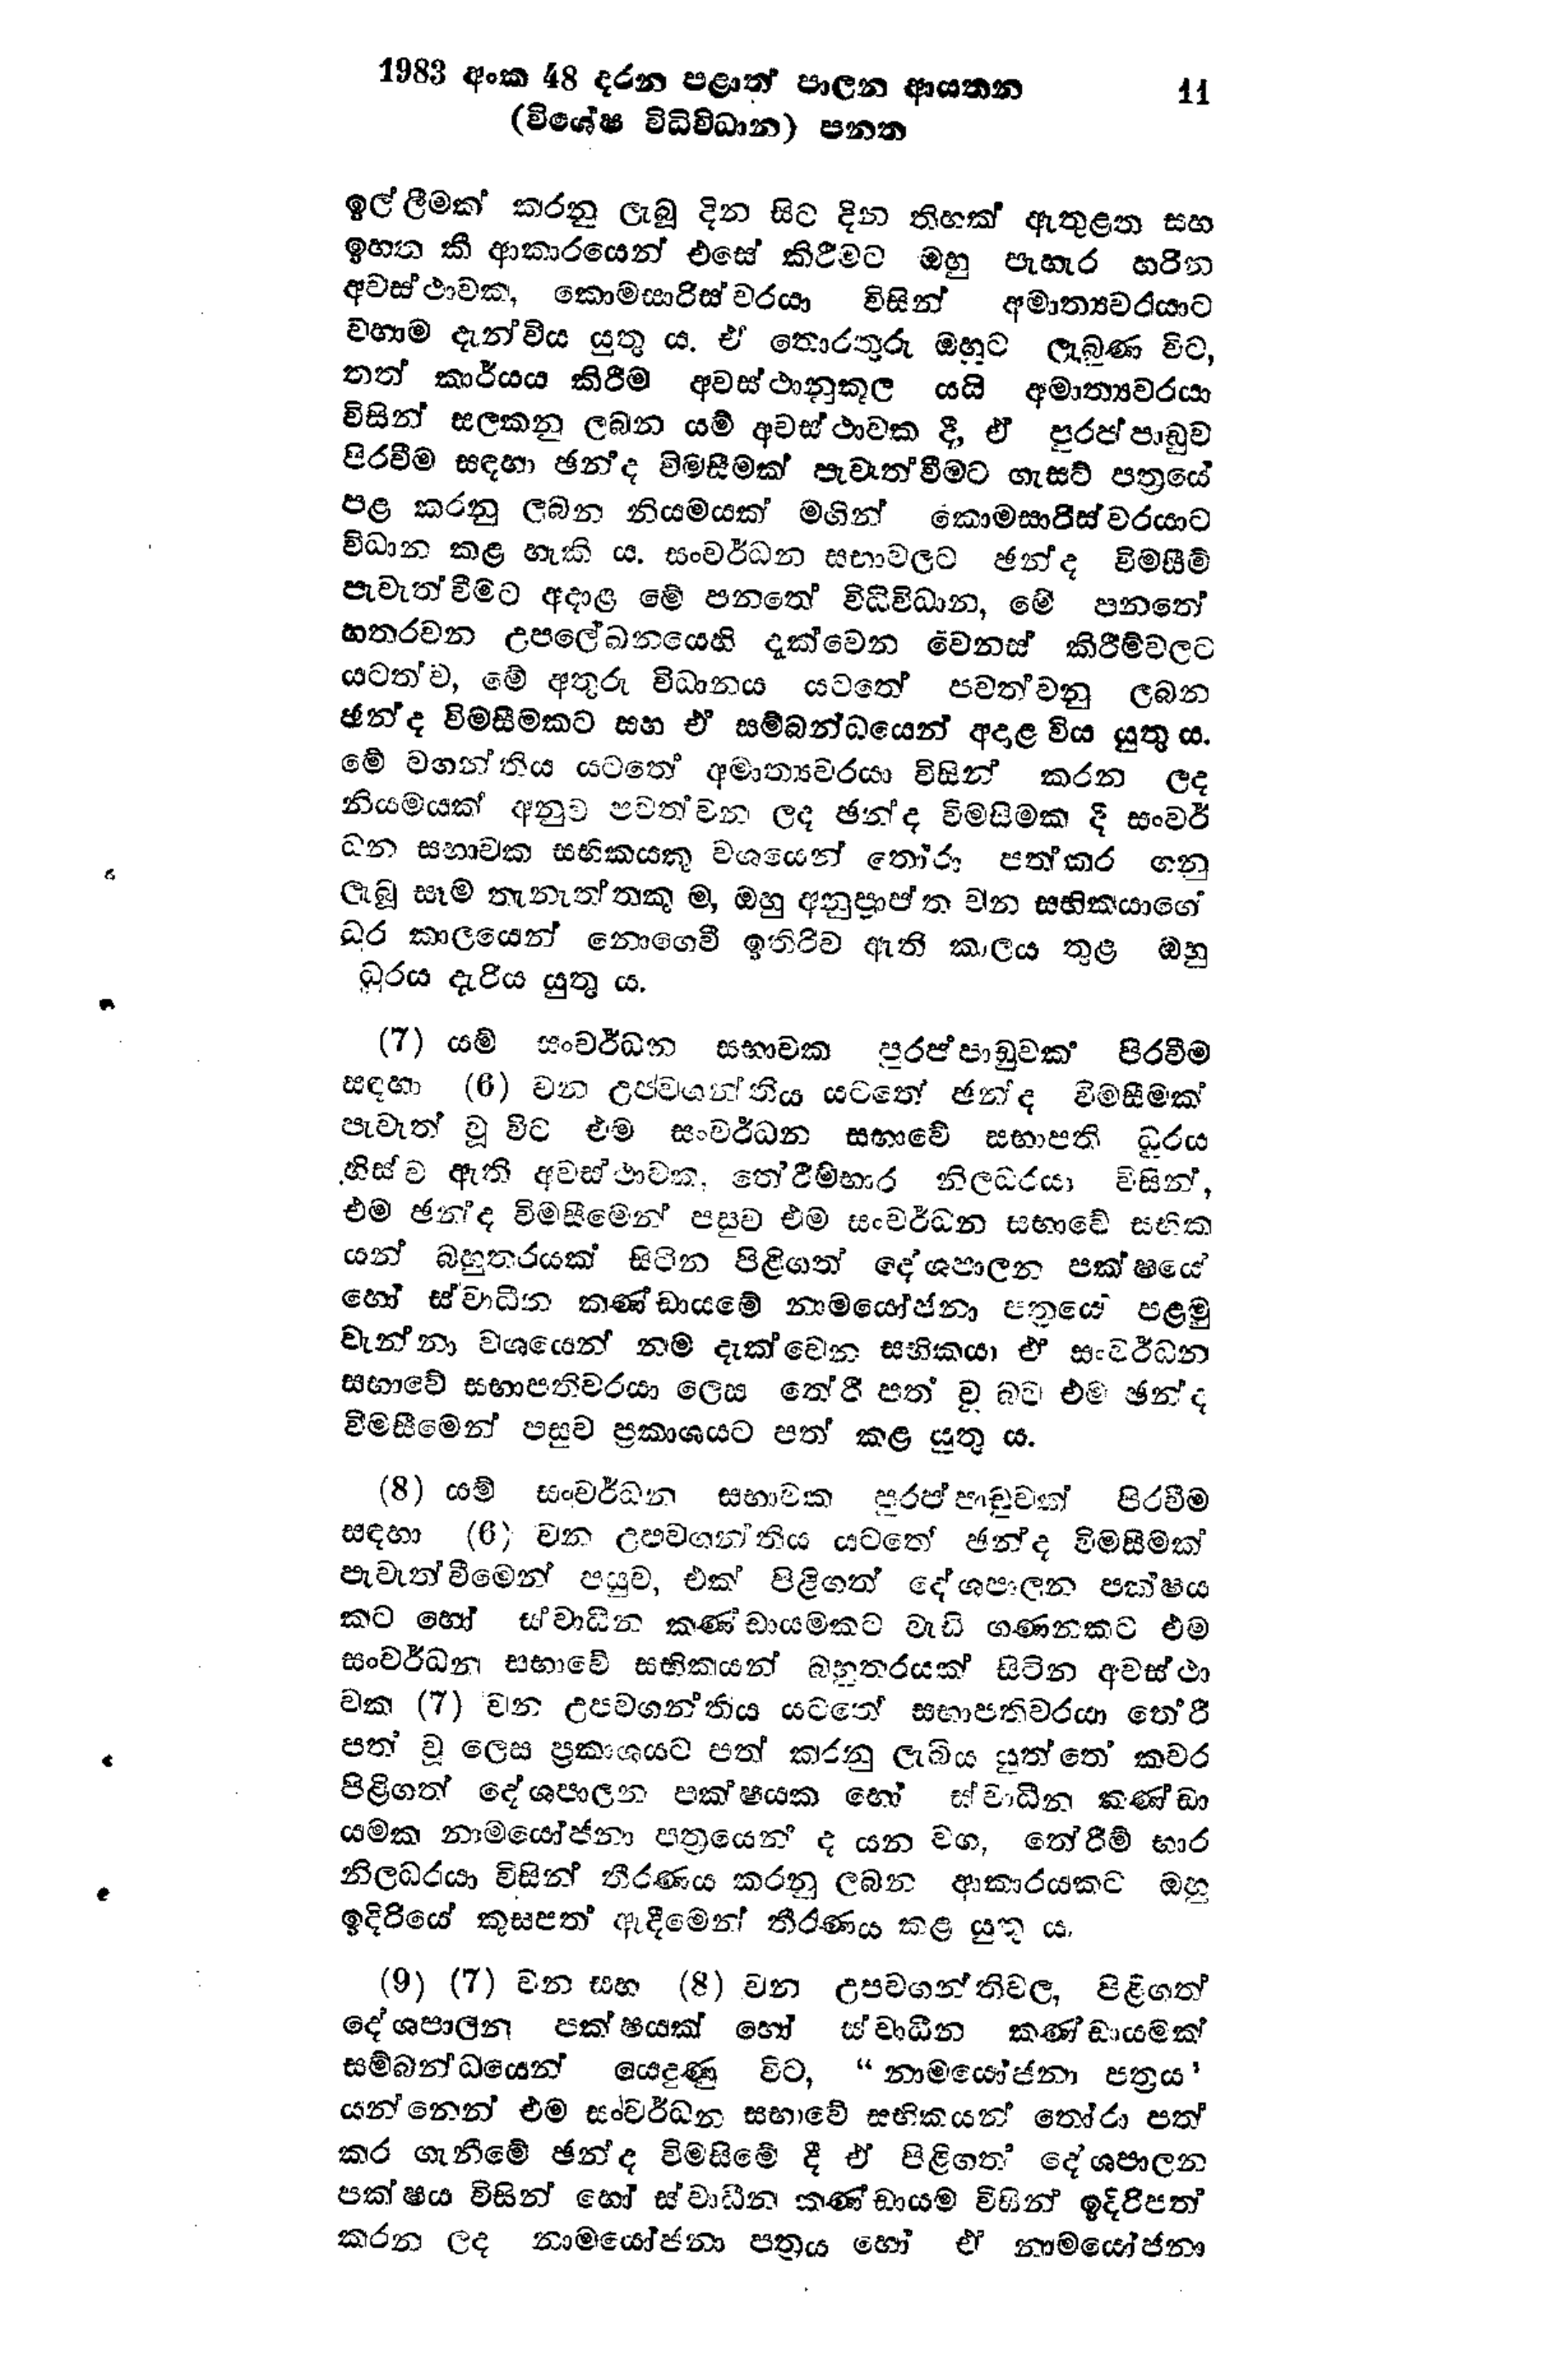
1983 අංක 48 දරන පළාත් පාලන ආයතන     11
(විශේෂ විධිවිධාන) පනත

ඉල්ලීමක් කරනු ලැබූ දින සිට දින තිහක් ඇතුළත සහ
ඉහත කී ආකාරයෙන් එසේ කිරීමට ඔහු පැහැර හරින
අවස්ථාවක, කොමසාරිස්වරයා විසින් අමාත්‍යවරයාට
වහාම දැන්විය යුතු ය. ඒ තොරතුරු ඔහුට ලැබුණ විට,
තත් කාර්යය කිරීම අවස්ථානුකූල යයි අමාත්‍යවරයා
විසින් සලකනු ලබන යම් අවස්ථාවක දී, ඒ පුරප්පාඩුව
පිරවීම සඳහා ඡන්ද විමසීමක් පැවැත්වීමට ගැසට් පත්‍රයේ
පළ කරනු ලබන නියමයක් මගින් කොමසාරිස්වරයාට
විධාන කළ හැකි ය. සංවර්ධන සභාවලට ඡන්ද විමසීම්
පැවැත්වීමට අදාළ මේ පනතේ විධිවිධාන, මේ පනතේ
හතරවන උපලේඛනයෙහි දැක්වෙන වෙනස් කිරීම්වලට
යටත්ව, මේ අතුරු විධානය යටතේ පවත්වනු ලබන
ඡන්ද විමසීමකට සහ ඒ සම්බන්ධයෙන් අදාළ විය යුතුය.
මේ වගන්තිය යටතේ අමාත්‍යවරයා විසින් කරන ලද
නියමයක් අනුව පවත්වන ලද ඡන්ද විමසීමක දී සංවර්
ධන සභාවක සභිකයකු වශයෙන් තෝරා පත්කර ගනු
ලැබූ සෑම තැනැත්තකුම, ඔහු අනුප්‍රාප්ත වන සභිකයාගේ
ධූර කාලයෙන් නොගෙවී ඉතිරිව ඇති කාලය තුළ ඔහු
ධූරය දැරිය යුතු ය.

(7) යම් සංවර්ධන සභාවක පුරප්පාඩුවක් පිරවීම
සඳහා (6) වන උපවගන්තිය යටතේ ඡන්ද විමසීමක්
පැවැත් වූ විට එම සංවර්ධන සභාවේ සභාපති ධූරය
හිස්ව ඇති අවස්ථාවක, තේඊම්භාර නිලධරයා විසින්,
එම ඡන්ද විමසීමෙන් පසුව එම සංවර්ධන සභාවේ සභික
යන් බහුතරයක් සිටින පිළිගත් දේශපාලන පක්ෂයේ
හෝ ස්වාධීන කණ්ඩායමේ නාමයෝජනා පත්‍රයේ පළමු
වැන්නා වශයෙන් නම දැක්වෙන සභිකයා ඒ සංවර්ධන
සභාවේ සභාපතිවරයා ලෙස තේරී පත් වූ බව එම ඡන්ද
විමසීමෙන් පසුව ප්‍රකාශයට පත් කළ යුතු ය.

(8) යම් සංවර්ධන සභාවක පුරප්පාඩුවක් පිරවීම
සඳහා (6) වන උපවගන්තිය යටතේ ඡන්ද විමසිමක්
පැවැත්වීමෙන් පසුව, එක් පිළිගත් දේශපාලන පක්ෂය
කට හෝ ස්වාධීන කණ්ඩායමකට වැඩි ගණනකට එම
සංවර්ධන සභාවේ සභිකයන් බහුතරයක් සිටින අවස්ථා
වක (7) වන උපවගන්තිය යටතේ සභාපතිවරයා තේරී
පත් වූ ලෙස ප්‍රකාශයට පත් කරනු ලැබිය යුත්තේ කවර
පිළිගත් දේශපාලන පක්ෂයක හෝ ස්වාධීන කණ්ඩා
යමක නාමයෝජනා පත්‍රයෙන් ද යන වග, තේරීම් භාර
නිලධරයා විසින් තීරණය කරනු ලබන ආකාරයකට ඔහු
ඉදිරියේ කුසපත් ඇදීමෙන් තීරණය කළ යුතු ය.

(9) (7) වන සහ (8) වන උපවගන්තිවල, පිළිගත්
දේශපාලන පක්ෂයක් හෝ ස්වාධීන කණ්ඩායමක්
සම්බන්ධයෙන් යෙදුණු විට, "නාමයෝජනා පත්‍රය"
යන්නෙන් එම සංවර්ධන සභාවේ සභිකයන් තෝරා පත්
කර ගැනීමේ ඡන්ද විමසිමේ දී ඒ පිළිගත් දේශපාලන
පක්ෂය විසින් හෝ ස්වාධීන කණ්ඩායම විසින් ඉදිරිපත්
කරන ලද නාමයෝජනා පත්‍රය හෝ ඒ නාමයෝජනා